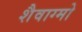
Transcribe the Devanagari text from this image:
शैवाग्मो